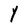
Character: Y